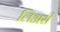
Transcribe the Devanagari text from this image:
लिअरी